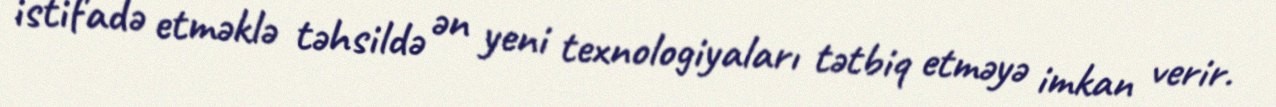
istifadə etməklə təhsildə ən yeni texnologiyaları tətbiq etməyə imkan verir.